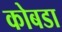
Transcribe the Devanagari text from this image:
कोबडा